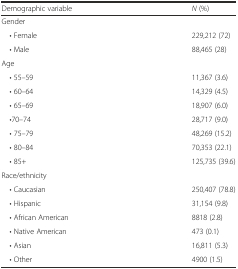
<table><thead><tr><td><b>Demographic variable</b></td><td><b><i>N</i> (%)</b></td></tr></thead><tbody><tr><td colspan="2">Gender</td></tr><tr><td> • Female</td><td>229,212 (72)</td></tr><tr><td> • Male</td><td>88,465 (28)</td></tr><tr><td colspan="2">Age</td></tr><tr><td> • 55–59</td><td>11,367 (3.6)</td></tr><tr><td> • 60–64</td><td>14,329 (4.5)</td></tr><tr><td> • 65–69</td><td>18,907 (6.0)</td></tr><tr><td> •70–74</td><td>28,717 (9.0)</td></tr><tr><td> • 75–79</td><td>48,269 (15.2)</td></tr><tr><td> • 80–84</td><td>70,353 (22.1)</td></tr><tr><td> • 85+</td><td>125,735 (39.6)</td></tr><tr><td colspan="2">Race/ethnicity</td></tr><tr><td> • Caucasian</td><td>250,407 (78.8)</td></tr><tr><td> • Hispanic</td><td>31,154 (9.8)</td></tr><tr><td> • African American</td><td>8818 (2.8)</td></tr><tr><td> • Native American</td><td>473 (0.1)</td></tr><tr><td> • Asian</td><td>16,811 (5.3)</td></tr><tr><td> • Other</td><td>4900 (1.5)</td></tr></tbody></table>